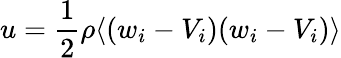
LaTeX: u={\frac{1}{2}}\rho\langle(w_{i}-V_{i})(w_{i}-V_{i})\rangle